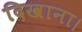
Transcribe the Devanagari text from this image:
दिखाना।